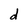
Character: d